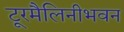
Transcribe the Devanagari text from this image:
टूरमैलिनीभवन